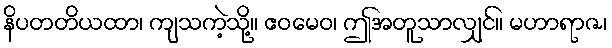
နိပတတိယထာ၊ ကျသကဲ့သို့။ ဧဝမေဝ၊ ဤအတူသာလျှင်။ မဟာရာဇ၊